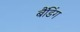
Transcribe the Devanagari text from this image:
बैंडिंग